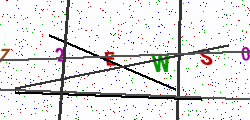
Text: 72EWS0